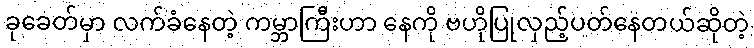
ခုခေတ်မှာ လက်ခံနေတဲ့ ကမ္ဘာကြီးဟာ နေကို ဗဟိုပြုလှည့်ပတ်နေတယ်ဆိုတဲ့